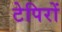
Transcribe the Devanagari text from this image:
टेपिरों